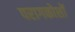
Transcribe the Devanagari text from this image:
परागकोशों